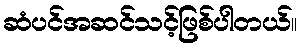
ဆံပင်အဆင်သင့်ဖြစ်ပါတယ်။